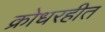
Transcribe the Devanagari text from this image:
क्रोधरहीत